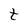
Character: t